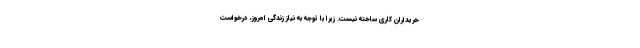
خریداران کاری ساخته نیست. زیرا با توجه به نیاز زندگی امروز، درخواست